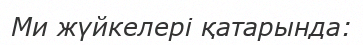
Ми жүйкелері қатарында: